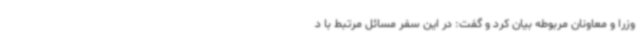
وزرا و معاونان مربوطه بیان کرد و گفت: در این سفر مسائل مرتبط با د